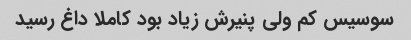
سوسیس کم ولی پنیرش زیاد بود کاملا داغ رسید